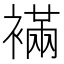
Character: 襔